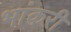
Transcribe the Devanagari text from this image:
भांकरी